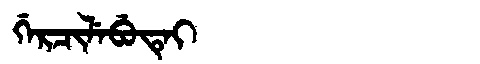
Manchu: ᡤᡝᡵᠴᡳᠯᡝᠪᡠᡨᡝᡳ
Romanization: GERCILEBUTEI